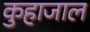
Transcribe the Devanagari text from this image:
कुहाजाल